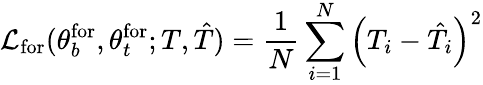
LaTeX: \mathcal{L}_{\mathrm{{for}}}(\theta_{b}^{\mathrm{{for}}},\theta_{t}^{\mathrm{{for}}};T,\hat{T})=\frac{1}{N}\sum_{i=1}^{N}\left(T_{i}-\hat{T}_{i}\right)^{2}